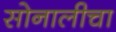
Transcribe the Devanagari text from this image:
सोनालीचा